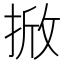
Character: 𭡓